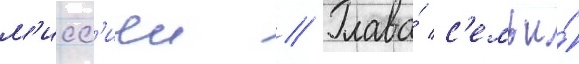
м'исс'иеи // Глава́ с'емьи́